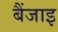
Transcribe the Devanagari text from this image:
बैंजाइ